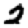
Digit: 2